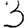
Digit: 3